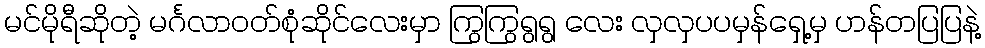
မင်မိုရီဆိုတဲ့ မင်္ဂလာဝတ်စုံဆိုင်လေးမှာ ကြွကြွရွရွ လေး လှလှပပမှန်ရှေ့မှ ဟန်တပြပြနဲ့